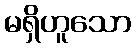
မရှိဟူသော